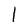
Character: l